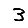
Digit: 3